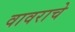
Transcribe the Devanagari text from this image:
वावराचे